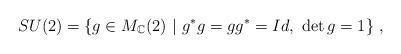
LaTeX: \begin{align*}SU(2)=\{g\in M_{\mathbb{C}}(2) \ | \ g^{*}g=gg^{*}=Id, \ \det g = 1\} \ ,\end{align*}